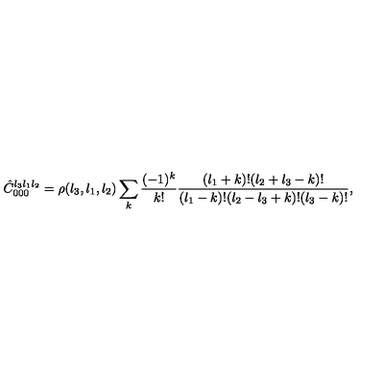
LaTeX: \hat { C } _ { 0 0 0 } ^ { l _ { 3 } l _ { 1 } l _ { 2 } } = \rho ( { l _ { 3 } , l _ { 1 } , l _ { 2 } } ) \sum _ { k } { \frac { ( - 1 ) ^ { k } } { k ! } } { \frac { ( l _ { 1 } + k ) ! ( l _ { 2 } + l _ { 3 } - k ) ! } { ( l _ { 1 } - k ) ! ( l _ { 2 } - l _ { 3 } + k ) ! ( l _ { 3 } - k ) ! } } ,